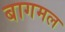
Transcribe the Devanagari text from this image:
बागमल